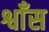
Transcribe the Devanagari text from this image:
श्वाँस